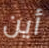
أين